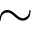
\sim